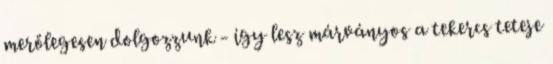
merőlegesen dolgozzunk - így lesz márványos a tekercs teteje